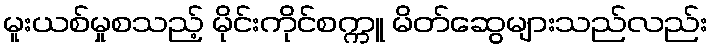
မူးယစ်မှုစသည့် မိုင်းကိုင်စက္ကူ မိတ်ဆွေများသည်လည်း